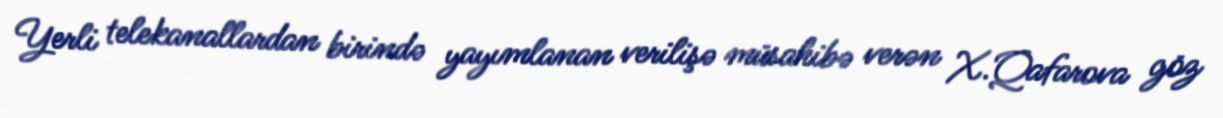
Yerli telekanallardan birində yayımlanan verilişə müsahibə verən X.Qafarova göz